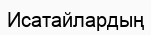
Исатайлардың